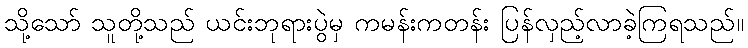
သို့သော် သူတို့သည် ယင်းဘုရားပွဲမှ ကမန်းကတန်း ပြန်လှည့်လာခဲ့ကြရသည်။